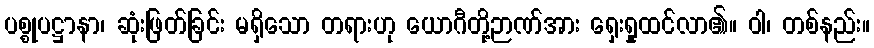
ပစ္စုပဋ္ဌာနာ၊ ဆုံးဖြတ်ခြင်း မရှိသော တရားဟု ယောဂီတို့ဉာဏ်အား ရှေးရှုထင်လာ၏။ ဝါ၊ တစ်နည်း။